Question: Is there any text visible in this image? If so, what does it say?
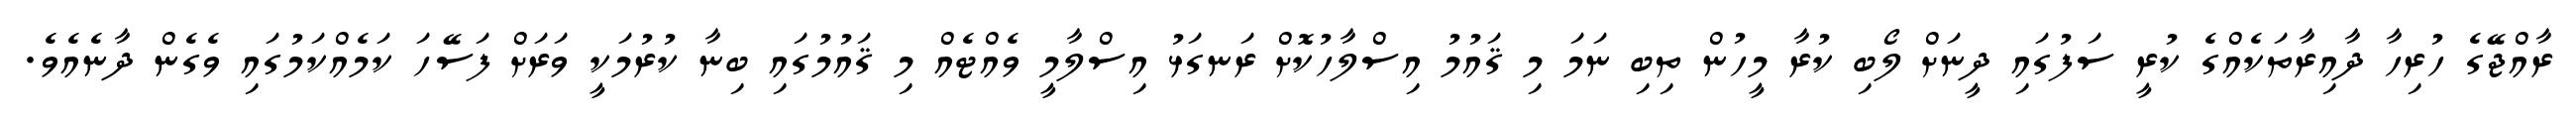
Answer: ރާއްޖޭގެ ހުރިހާ ދާއިރާތަކެއްގެ ކުރީ ސަފުގައި ދީނަށް ލޯބި ކުރާ މީހުން ތިބި ނަމަ މި ޤައުމު އިސްލާހުކޮށް ރަނގަޅު އިސްލާމީ ވެއްޓެއް މި ޤައުމުގައި ބިނާ ކުރުމަކީ ވަރަށް ފަސޭހަ ކަމެއްކަމުގައި ވެގެން ދާނެއެވެ.